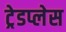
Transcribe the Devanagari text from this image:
ट्रेडप्लेस